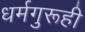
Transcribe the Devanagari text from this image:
धर्मगुरूही